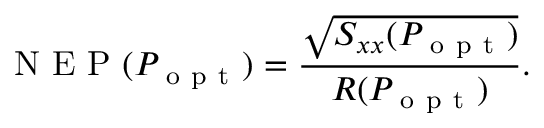
\mathrm { ~ N ~ E ~ P ~ } ( P _ { \mathrm { ~ o ~ p ~ t ~ } } ) = \frac { \sqrt { S _ { x x } ( P _ { \mathrm { ~ o ~ p ~ t ~ } } ) } } { R ( P _ { \mathrm { ~ o ~ p ~ t ~ } } ) } .